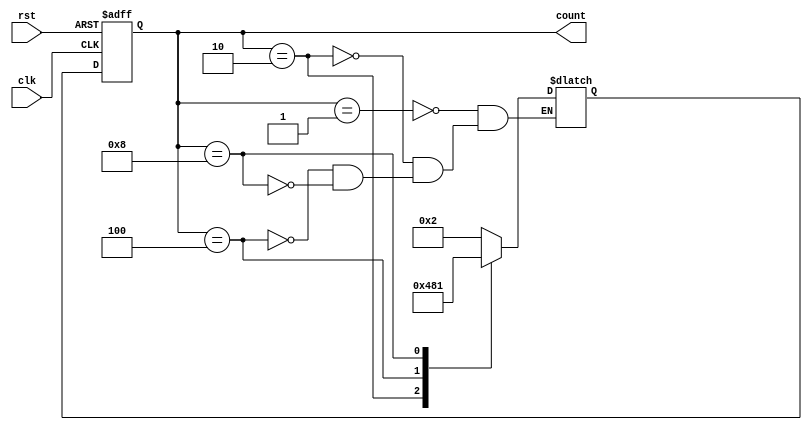
module ring_counter(
    input wire clk, //clock signal
    input wire rst, //reset signal
    output reg [3:0] count //output signal representing the state of the counter
);

//internal signals
reg [3:0] next_count;

always @(posedge clk or posedge rst) begin
    if (rst) begin
        count <= 4'b0001; //initialize counter to state 1
    end else begin
        count <= next_count;
    end
end

always @(count) begin
    case(count)
        4'b0001: next_count = 4'b0010; //state 1 transitions to state 2
        4'b0010: next_count = 4'b0100; //state 2 transitions to state 4
        4'b0100: next_count = 4'b1000; //state 4 transitions to state 8
        4'b1000: next_count = 4'b0001; //state 8 transitions back to state 1
    endcase
end

endmodule